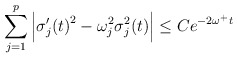
\begin{align*} \sum_{j=1}^p \left|{\sigma'_j(t)}^2-\omega_j^2\sigma_j^2(t)\right|\leq Ce^{-2\omega^+t}\end{align*}